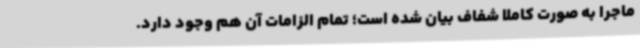
ماجرا به صورت کاملا شفاف بیان شده است؛ تمام الزامات آن هم وجود دارد.